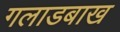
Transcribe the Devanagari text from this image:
गलाडबाख